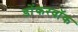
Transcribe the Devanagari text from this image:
डोंकरवॉक